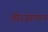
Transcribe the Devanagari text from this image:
औरजापान